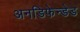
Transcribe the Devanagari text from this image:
अनडिफेन्डेड